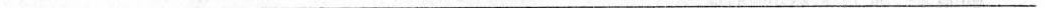
________________________________